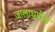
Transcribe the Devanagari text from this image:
जालाधारित